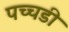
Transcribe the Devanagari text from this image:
पच्चडी